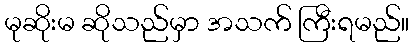
မုဆိုးမ ဆိုသည်မှာ အသက် ကြီးရမည်။